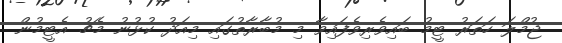
ޖުމްލަ ހަތަރު ޓީމު ބައިވެރިވެފައިވާ މި މުބާރާތުގައި މިއަދު ކުޅުނު މެޗު އެޓީމުން